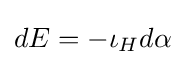
\displaystyle dE=-\iota _{H}d\alpha